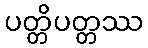
ပတ္တိပတ္တဿ